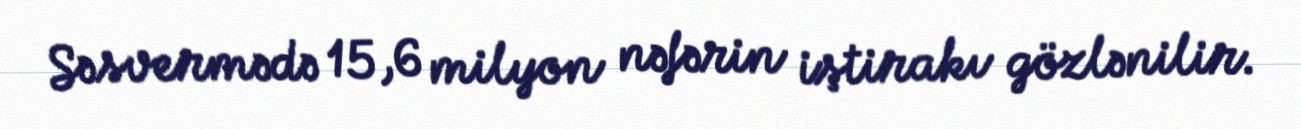
Səsvermədə 15,6 milyon nəfərin iştirakı gözlənilir.